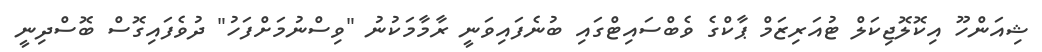
ޝިއަންހޫ އިކޮލޮޖިކަލް ޓުއަރިޒަމް ޕާކްގެ ވެބްސައިޓްގައި ބުނެފައިވަނީ ރާމާމަކުނު "ވިސްނުމަށްފަހު" ދުވެފައިގޮސް ބޮސްދިނީ